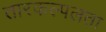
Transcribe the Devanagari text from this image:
तारकल्पलता